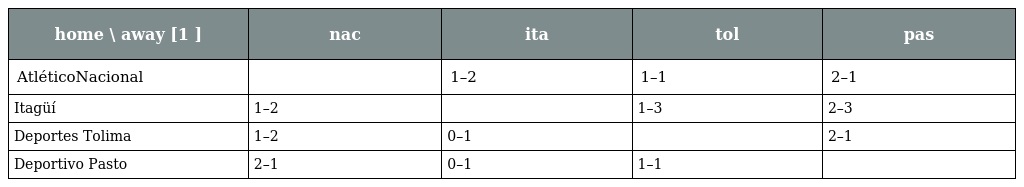
| home \ away [1 ] | nac | ita | tol | pas |
 | --- | --- | --- | --- | --- |
 | AtléticoNacional |  | 1–2 | 1–1 | 2–1 |
 | Itagüí | 1–2 |  | 1–3 | 2–3 |
 | Deportes Tolima | 1–2 | 0–1 |  | 2–1 |
 | Deportivo Pasto | 2–1 | 0–1 | 1–1 |  |